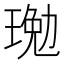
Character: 𤧔